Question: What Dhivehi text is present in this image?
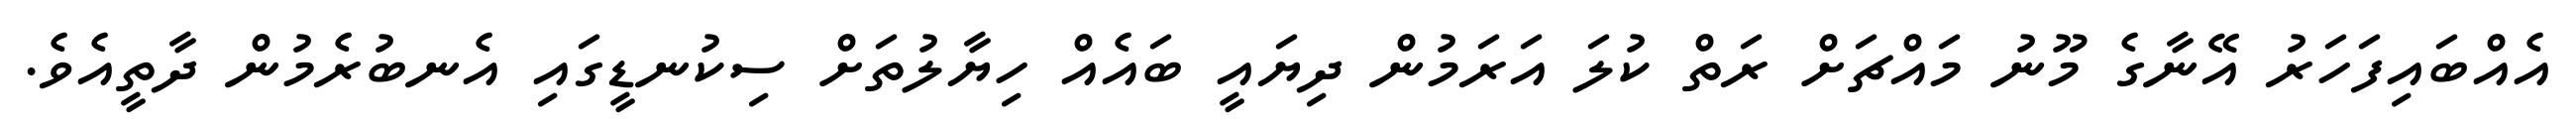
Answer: އެއްބައިފަހަރު އޭނާގެ މޫނު މައްޗަށް ރަތް ކުލަ އަރަމުން ދިޔައީ ބައެއް ހިޔާލުތަށް ސިކުނޑީގައި އެނބުރެމުން ދާތީއެވެ.